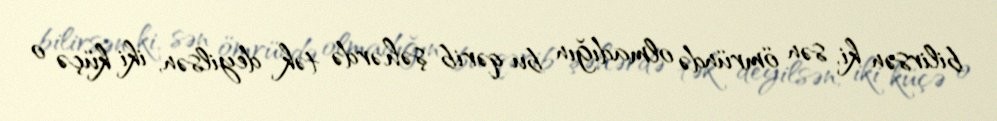
bilirsən ki, sən ömründə olmadığın bu qərib şəhərdə tək deyilsən, iki küçə o